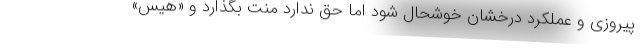
پیروزی و عملکرد درخشان خوشحال شود اما حق ندارد منت بگذارد و «هیس»